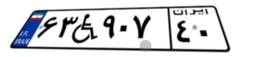
۶۳W۹۰۷۴۰